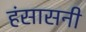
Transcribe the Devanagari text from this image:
हंसासनी